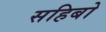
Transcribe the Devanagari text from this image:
सहिबो